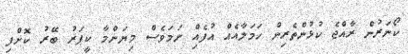
ކޯނަރުން ރާއްޖެ ކުޅުންތެރިން ހަމަލާއެއް އުފެއްި ނަމަވެސް މިޔަންމާ ކީޕަރު ބޭރު ކޮށްފި